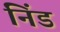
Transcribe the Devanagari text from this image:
निंड